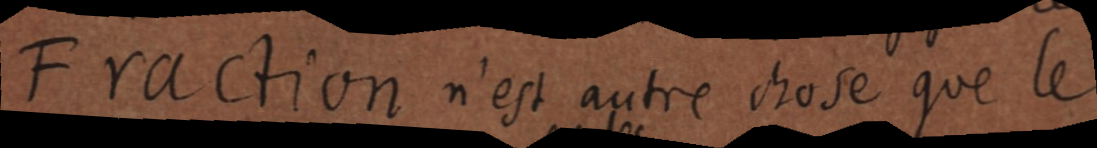
Fraction n’est autre chose que le